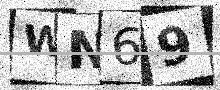
Text: WN69